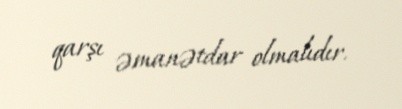
qarşı əmanətdar olmalıdır.